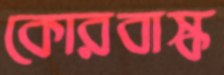
কোরবাস্ক